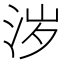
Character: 𰛦